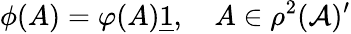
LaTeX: \phi(A)=\varphi(A)\underline{{{1}}},\quad A\in\rho^{2}(\mathcal{A})^{\prime}